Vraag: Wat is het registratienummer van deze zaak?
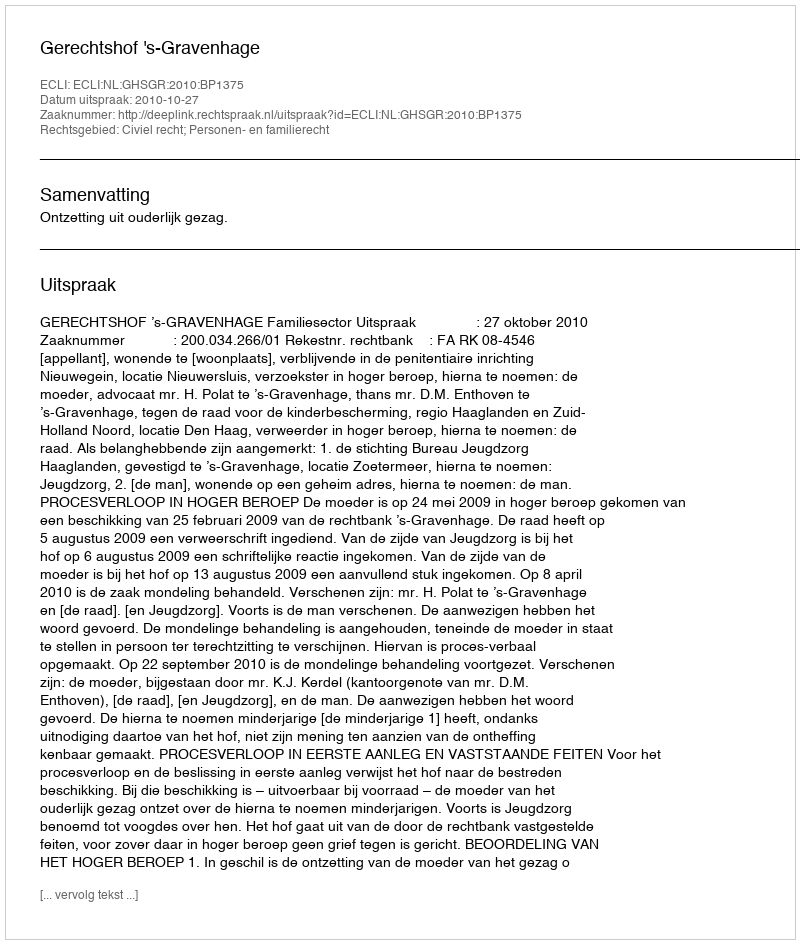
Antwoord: http://deeplink.rechtspraak.nl/uitspraak?id=ECLI:NL:GHSGR:2010:BP1375